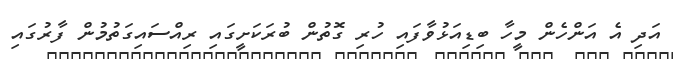
އަދި އެ އަންހެން މީހާ ބިޑިއަޅުވާފައި ހުރި ގޮތުން ބުރަކަށީގައި ރިއްސައިގަތުމުން ފާރުގައި